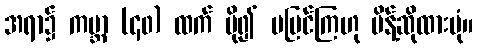
အရာ၌ ကမ္ဘာ (၄၀) ထက် ပို၍ မမြင်ကြဟု မိန့်ဆိုထားပုံ။